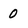
Character: 0